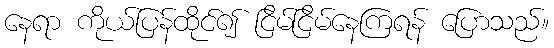
နေရာ ကိုယ်ပြန်ထိုင်၍ ငြိမ်ငြိမ်နေကြရန် ပြောသည်။